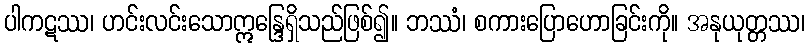
ပါကဋဿ၊ ဟင်းလင်းသောဣန္ဒြေရှိသည်ဖြစ်၍။ ဘဿံ၊ စကားပြောဟောခြင်းကို။ အနုယုတ္တဿ၊